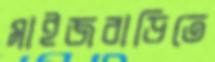
মাইজবাড়িতে